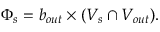
\Phi _ { s } = b _ { o u t } \times ( V _ { s } \cap V _ { o u t } ) .